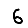
Digit: 6